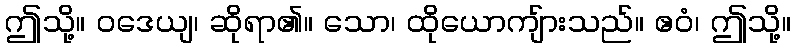
ဤသို့။ ဝဒေယျ၊ ဆိုရာ၏။ သော၊ ထိုယောကျ်ားသည်။ ဧဝံ၊ ဤသို့။